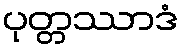
ပုတ္တဿာဒံ